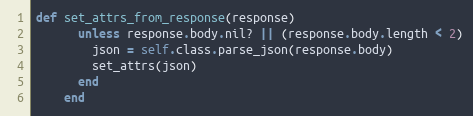
Language: Ruby
def set_attrs_from_response(response)
      unless response.body.nil? || (response.body.length < 2)
        json = self.class.parse_json(response.body)
        set_attrs(json)
      end
    end